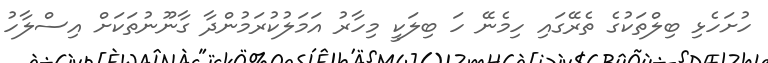
ހުށަހެޅި ބިލްތަކުގެ ތެރޭގައި ހިމެނޭ ހަ ބިލަކީ މިހާރު އަމަލުކުރަމުންދާ ގާނޫނުތަކަށް އިސްލާހު